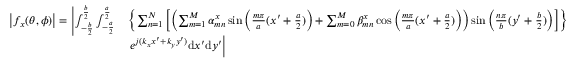
\begin{array} { r l } { \left| f _ { x } ( \theta , \phi ) \right| = \left| \int _ { - \frac { b } { 2 } } ^ { \frac { b } { 2 } } { \int _ { - \frac { a } { 2 } } ^ { \frac { a } { 2 } } } \right. } & { \left\{ \sum _ { n = 1 } ^ { N } \left[ \left( \sum _ { m = 1 } ^ { M } \alpha _ { m n } ^ { x } \sin \left( \frac { m \pi } { a } ( x ^ { \prime } + \frac { a } { 2 } ) \right) + \sum _ { m = 0 } ^ { M } \beta _ { m n } ^ { x } \cos \left( \frac { m \pi } { a } ( x ^ { \prime } + \frac { a } { 2 } ) \right) \right) \sin \left( \frac { n \pi } { b } ( y ^ { \prime } + \frac { b } { 2 } ) \right) \right] \right\} } \\ & { \left. e ^ { j ( k _ { x } x ^ { \prime } + k _ { y } y ^ { \prime } ) } \mathrm { d } x ^ { \prime } \mathrm { d } y ^ { \prime } \right| } \end{array}